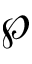
\wp